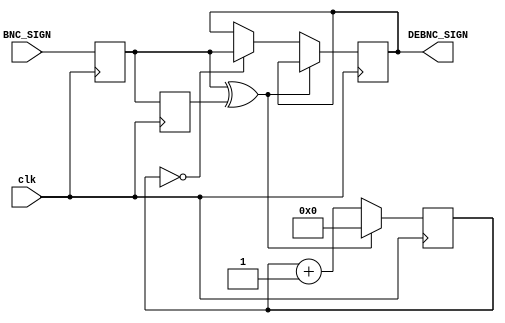
`timescale 1ns / 1ps
//////////////////////////////////////////////////////////////////////////////////
// Company: 
// Engineer: 
// 
// Design Name: 
// Module Name:    one_bit_debounce 
// Project Name: 
// Target Devices: 
// Tool versions: 
// Description: 
//
// Dependencies: 
//
// Revision: 
// Revision 0.01 - File Created
// Additional Comments: 
//
//////////////////////////////////////////////////////////////////////////////////

//bgazontas ta sxolia xrhshmopoiountai 3 flip flops(alla prepei me thn syxnothta rologiou prin thn diairesh)
//h telikh epilogh tha ginei epeita apo testing
module one_bit_debounce(
    input clk,
    input BNC_SIGN,
    output reg DEBNC_SIGN = 1'b0
    );

parameter COUNTER_WIDTH = 21;

wire DEBNC_TEMP;
reg q1 = 1'b1;
reg q2 = 1'b1;
reg [COUNTER_WIDTH - 1:0] counter = 5'b0;


always@(posedge clk)
begin
	q1 <= BNC_SIGN;
	q2 <= q1;
end

//pairname to shma apo dyo flip flops kai epeita to kanoume xor
//an to xor bgei 1 tote mhdenizoume ton metrith (pernaei bounce)
//alliws ayksanoume ton metrhth. An o metrhths mhdenisei tote
//stelnoume enan palmo (perase arketos xronos gia na fygei to bounce)

assign DEBNC_TEMP = q1 ^ q2;

always@(posedge clk)
begin
	//DEBNC_SIGN = 0;
	if(DEBNC_TEMP == 1)
	begin
		counter = 0;
	end
	else
	begin
		
		if(counter == 0)
		begin
			DEBNC_SIGN = q1;
		end
		counter = counter + 1'd1;
	end
end

endmodule